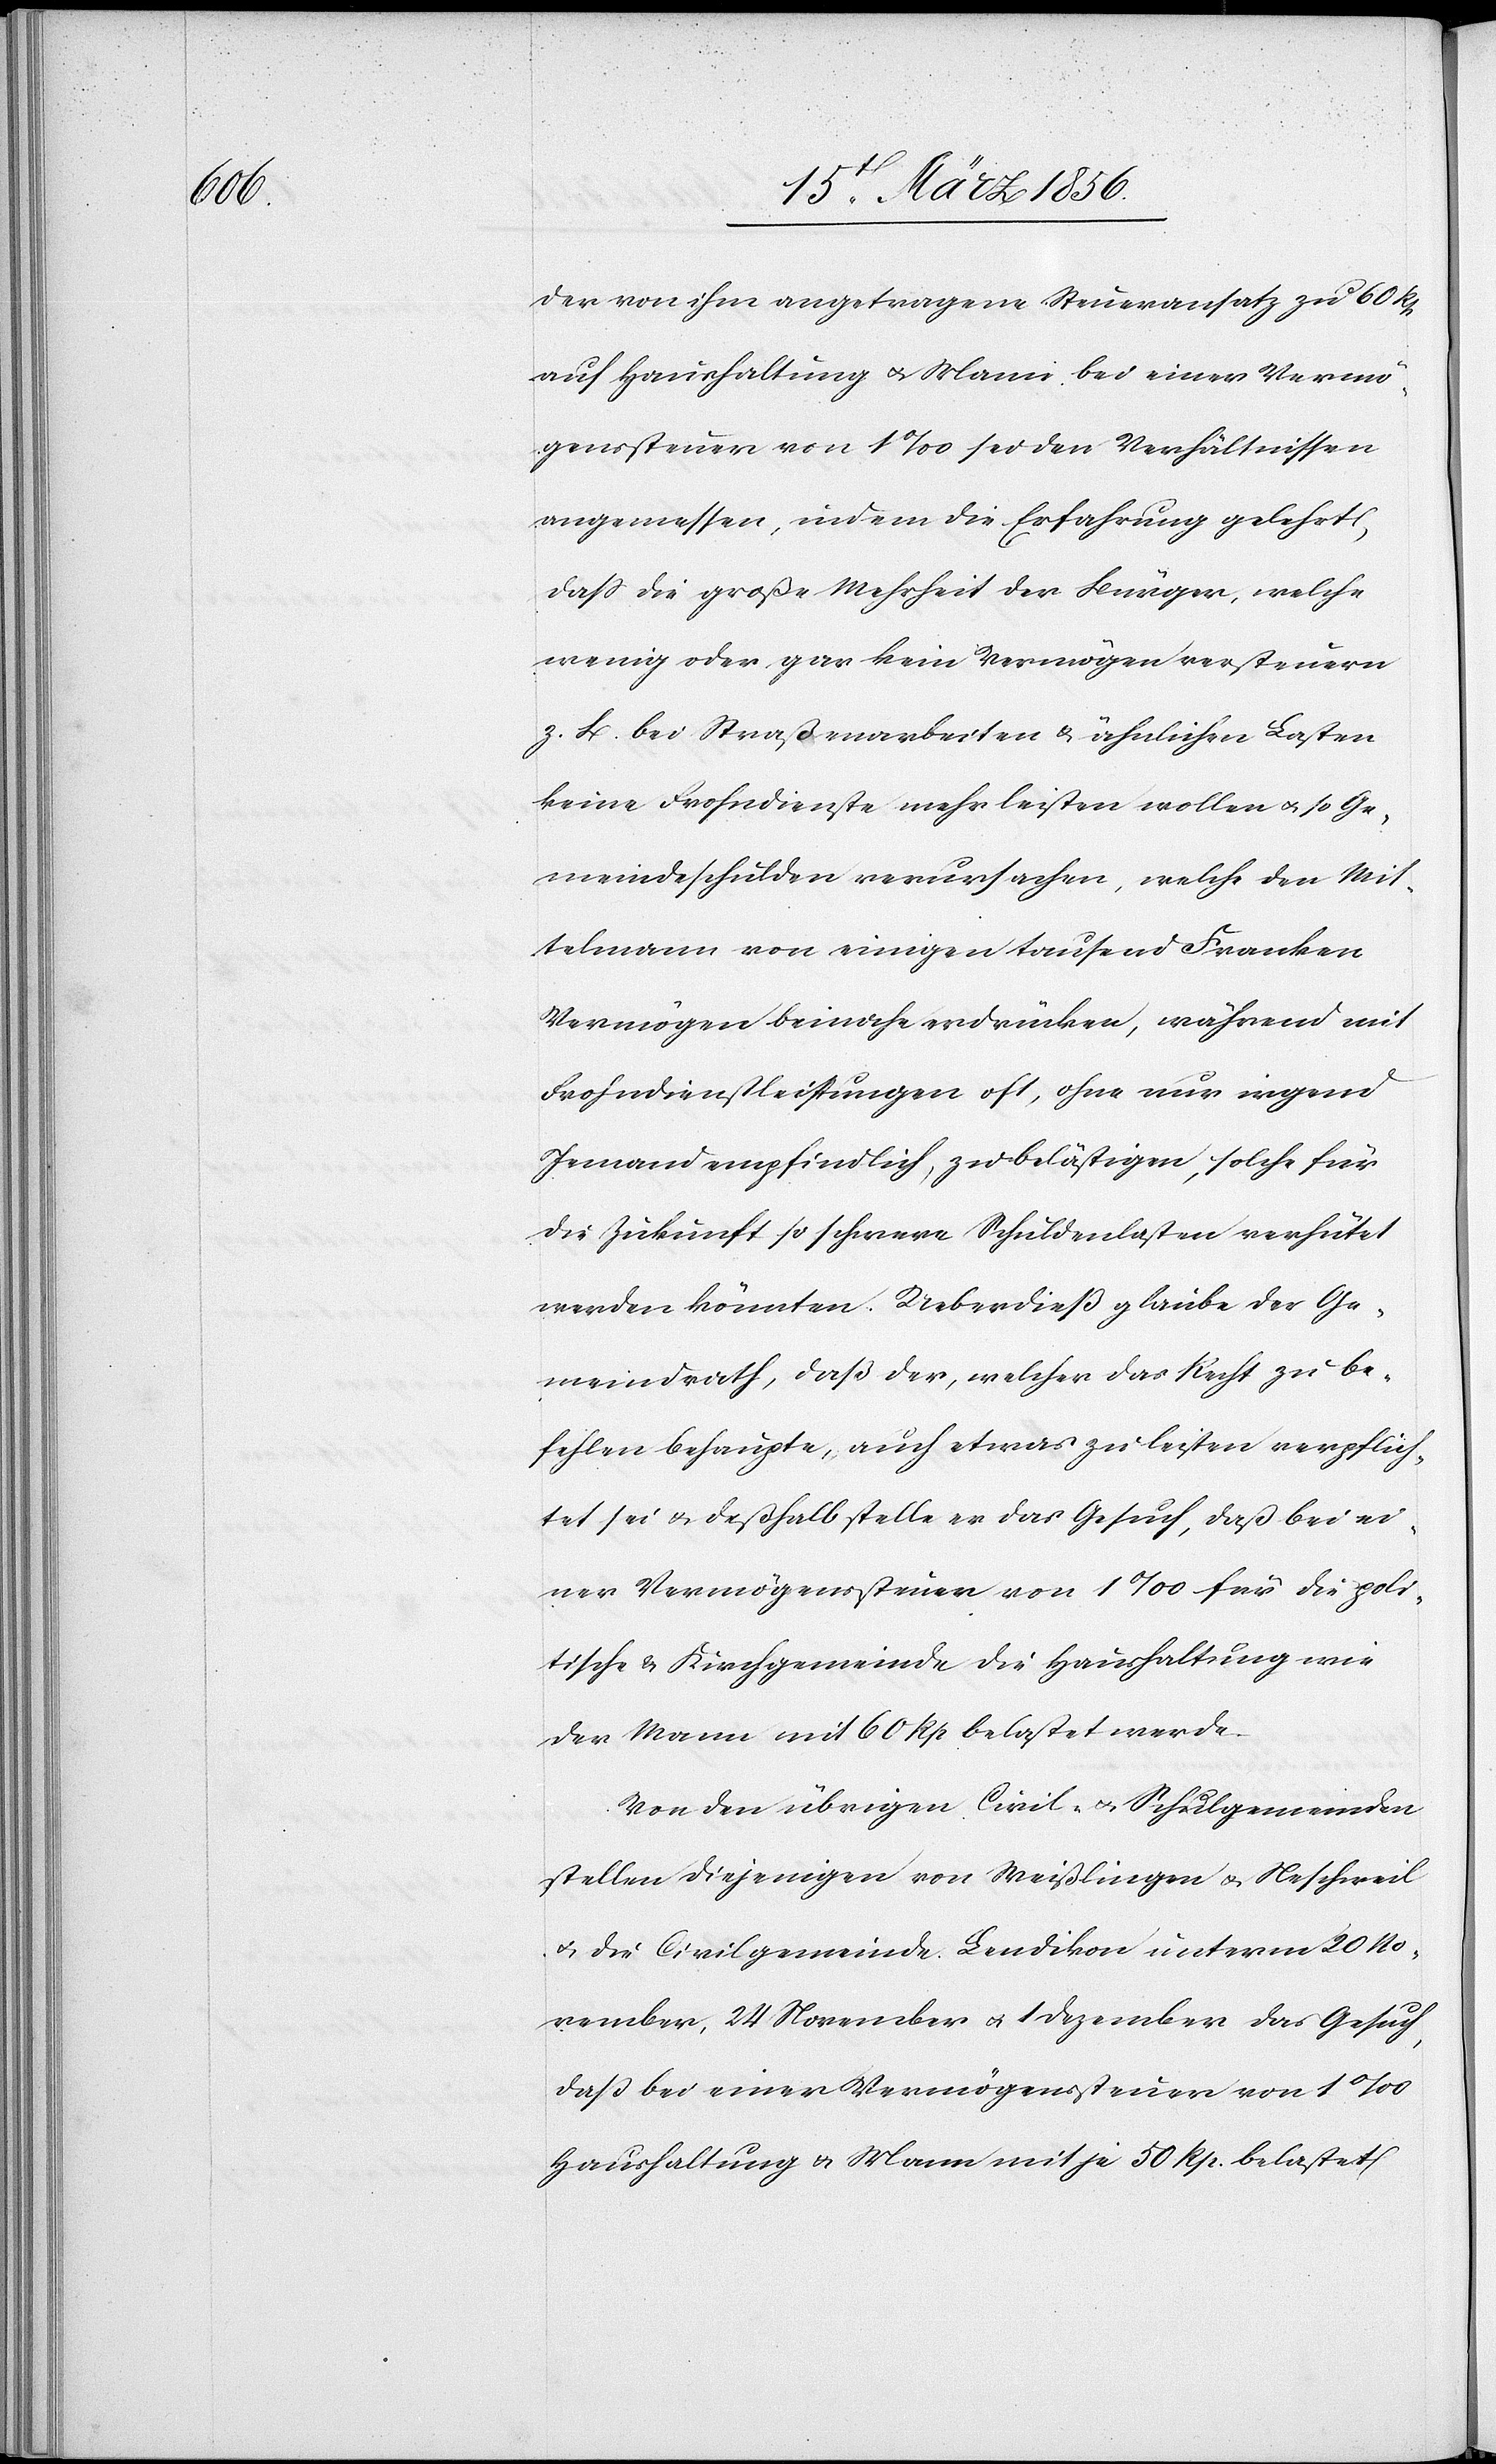
der von ihm angetragene Steueransatz zu 60 Rp
auf Haushaltung u. Mann bei einer Vermö¬
genssteuer von 1‰ sei den Verhältnissen
angemessen, indem die Erfahrung gelehrt,
daß die große Mehrheit der Bürger, welche
wenig oder gar kein Vermögen versteuern
z. B. bei Straßenarbeiten & ähnlichen Lasten
keine Frohndienste mehr leisten wollen u. so Ge¬
meindeschulden verursachen, welche den Mit¬
telmann von einigen tausend Franken
Vermögen beinahe erdrücken, während mit
Frohndienstleistungen oft, ohne nur irgend
Jemand empfindlich, zu belästigen, solche für
die Zukunft so schwere Schuldenlasten verhütet
werden könnten. Ueberdieß glaube der Ge¬
meindrath, daß der, welcher das Recht zu be¬
fehlen behaupte, auch etwas zu leisten verpflich¬
tet sei & deßhalb stelle er das Gesuch, daß bei ei¬
ner Vermögenssteuer von 1‰ für die poli¬
tische Kirchgemeinde die Haushaltung wie
der Mann mit 60 Rp belastet werde.
Von den übrigen Civil- u. Schulgemeinden
stellen diejenigen von Weißlingen u. Neschweil
u. die Civilgemeinde Lendikon unterm 20 No¬
vember, 24 November u. 1 Dezember das Gesuch,
daß bei einer Vermögenssteuer von 1‰
Haushaltung & Mann mit je 50 Rp. belastet